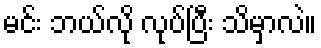
မင်း ဘယ်လို လုပ်ပြီး သိမှာလဲ။